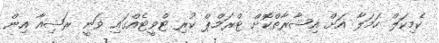
ކެމިކަލް ހަމަލާ އަށް އިޝާރާތްކޮށް ޓްރަމްޕް ކުރި ޓްވީޓެއްގައި ވަނީ ރަޝިއާ އިން